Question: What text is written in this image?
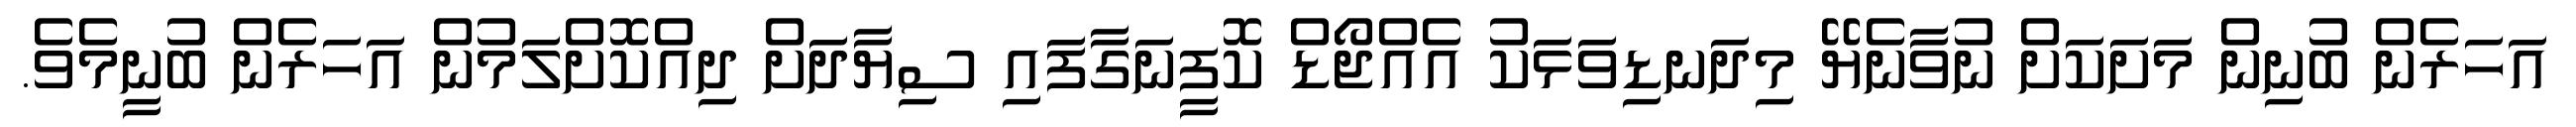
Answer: އަހަރެން ބުނިން މަށަކަށް ނުވާނެޔޭ މިދަނޑިވަޅަކު އެއްޖޯޑް ކޮފީނަގާފައި ސިޔާދަށް ދިއްކޮށްލަމުން އަހަރެން ބުނީމެވެ.